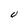
Character: U